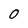
Character: 0